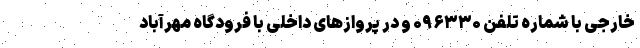
خارجی با شماره تلفن ۰۹۶۳۳۰ و در پروازهای داخلی با فرودگاه مهرآباد